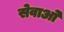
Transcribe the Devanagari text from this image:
सेवाओंं